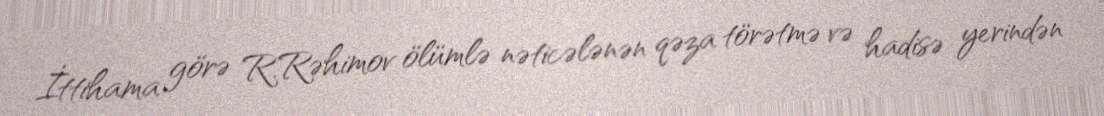
İttihama görə R.Rəhimov ölümlə nəticələnən qəza törətmə və hadisə yerindən